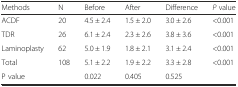
<table><thead><tr><td><b>Methods</b></td><td><b>N</b></td><td><b>Before</b></td><td><b>After</b></td><td><b>Difference</b></td><td><b><i>P</i> value</b></td></tr></thead><tbody><tr><td>ACDF</td><td>20</td><td>4.5 ± 2.4</td><td>1.5 ± 2.0</td><td>3.0 ± 2.6</td><td>&lt;0.001</td></tr><tr><td>TDR</td><td>26</td><td>6.1 ± 2.4</td><td>2.3 ± 2.6</td><td>3.8 ± 3.6</td><td>&lt;0.001</td></tr><tr><td>Laminoplasty</td><td>62</td><td>5.0 ± 1.9</td><td>1.8 ± 2.1</td><td>3.1 ± 2.4</td><td>&lt;0.001</td></tr><tr><td>Total</td><td>108</td><td>5.1 ± 2.2</td><td>1.9 ± 2.2</td><td>3.3 ± 2.8</td><td>&lt;0.001</td></tr><tr><td>P value</td><td></td><td>0.022</td><td>0.405</td><td colspan="2">0.525</td></tr></tbody></table>